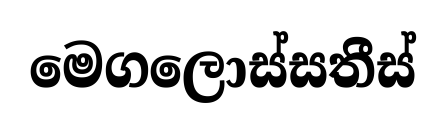
මෙගලොස්සතීස්